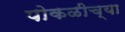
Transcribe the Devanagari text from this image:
पोकळीच्‍या